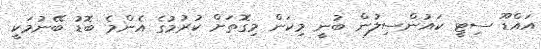
އައްޑޫ ސިޓީ ކައުންސިލުން ބުނީ މިކަން މިގޮތަށް ކުރުމުގެ އެންމެ ބޮޑު ބޭނުމަކީ